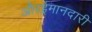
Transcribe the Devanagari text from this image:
औरईमानदारी